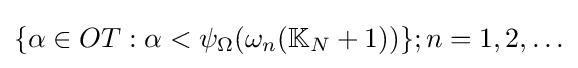
\{\alpha \in OT:\alpha <\psi _{\Omega }(\omega _{n}(\mathbb {K} _{N}+1))\};n=1,2,\ldots